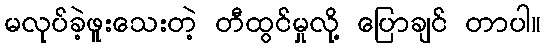
မလုပ်ခဲ့ဖူးသေးတဲ့ တီထွင်မှုလို့ ပြောချင် တာပါ။